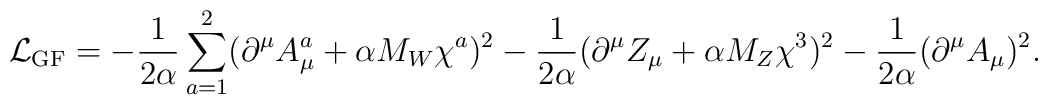
{\cal L}_{\rm GF}=-\frac{1}{2\alpha}\displaystyle\sum_{a=1}^2    (\partial^\mu A_\mu^a+\alpha M_W\chi^a)^2    -\frac{1}{2\alpha}(\partial^\mu Z_\mu+\alpha M_Z\chi^3)^2    -\frac{1}{2\alpha}(\partial^\mu A_\mu)^2.